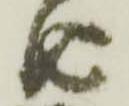
由